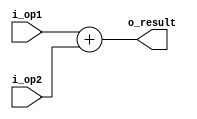
module adder(i_op1, i_op2, o_result);
	input [31:0] i_op1, i_op2;
	output [31:0] o_result;

	assign o_result = i_op1 + i_op2;
  
endmodule